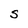
Character: S